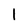
Character: 1